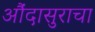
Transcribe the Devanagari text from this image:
औंदासुराचा